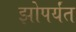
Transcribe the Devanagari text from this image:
झोपर्यंत